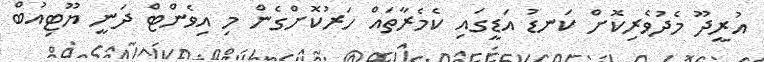
އުރީދޫ މެދުވެރިކޮށް ކަނޑު އަޑީގައި ކެމެރާތައް ހަރުކޮށްގެން މި އިވެންޓް ދަނީ ޔޫޓިއުބް